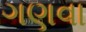
ગણવા